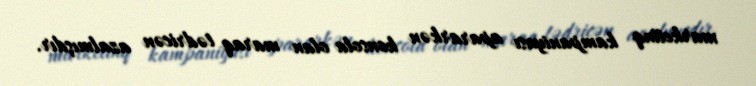
marketinq kampaniyası apararkən konsola olan maraq tədricən azalmışdır.